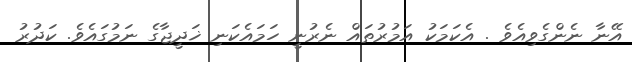
އޭނާ ނެންގެވިއެވެ . އެކަމަކު އަމުރުތައް ނެރުނީ ހަމައެކަނި ޚަދީޖާގެ ނަމުގައެވެ. ކަދުރު